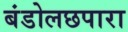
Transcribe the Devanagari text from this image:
बंडोलछपारा